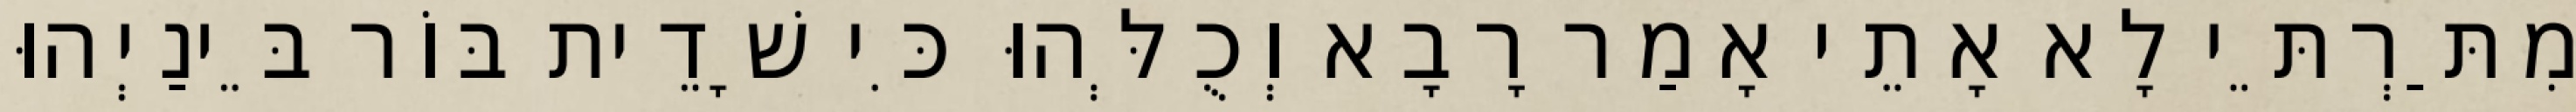
מִתַּרְתֵּי לָא אָתֵי אָמַר רָבָא וְכֻלְּהוּ כִּי שָׁדֵית בּוֹר בֵּינַיְהוּ